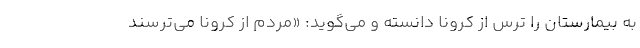
به بیمارستان را ترس از کرونا دانسته و می‌گوید: «مردم از کرونا می‌ترسند